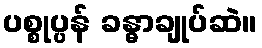
ပစ္စုပ္ပန် ခန္ဓာချုပ်ဆဲ။